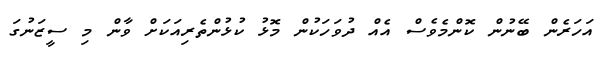
އަހަރެން ބޭނުން ކޮންމެވެސް އެއް ދުވަހަކުން މޮޅު ކުޅުންތެރިއަކަށް ވާން މި ސީޒަނުގަ